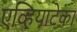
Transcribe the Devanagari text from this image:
एव्हियाटेका